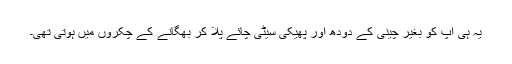
یہ ہی آپ کو بغیر چینی کے دودھ اور پھیکی سیٹی چائے پلا کر بھگانے کے چکروں میں ہوتی تھی۔